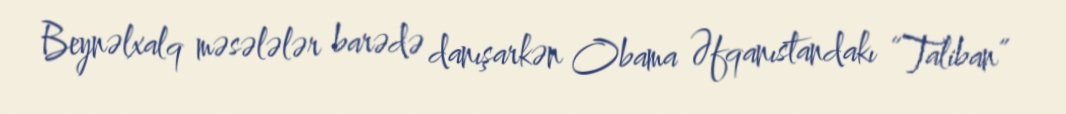
Beynəlxalq məsələlər barədə danışarkən Obama Əfqanıstandakı “Taliban”